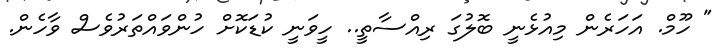
" ހޫމް. އަހަރެން މިއުޅެނީ ބޮލުގަ ރިއްސާތީ.. ހީވަނީ ކުޑަކޮށް ހުންވައްތަރުވެސް ވާހެން.